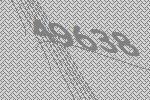
49638